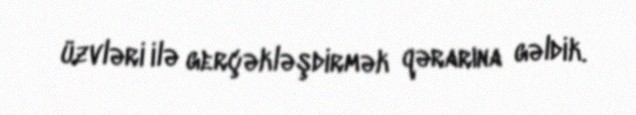
üzvləri ilə gerçəkləşdirmək qərarına gəldik.